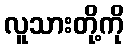
လူသားတို့ကို